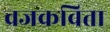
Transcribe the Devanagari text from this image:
व्रजकविता